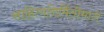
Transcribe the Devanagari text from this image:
साहित्यनिर्मितीमागे